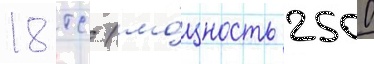
18 тс (мо́щность 2500